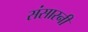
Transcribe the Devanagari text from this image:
संसारनी